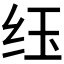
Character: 𮶀